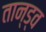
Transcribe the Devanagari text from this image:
तान्ड्व